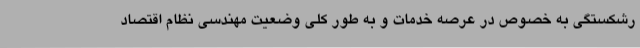
رشکستگی به خصوص در عرصه خدمات و به طور کلی وضعیت مهندسی نظام اقتصاد